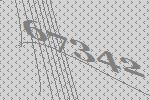
67342